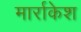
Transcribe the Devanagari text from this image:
मार्राकेश